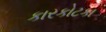
કારકોટકા